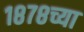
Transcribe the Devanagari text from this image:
१८७८च्या